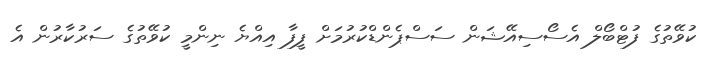
ކުވޭތުގެ ފުޓްބޯލް އެސޯސިއޭޝަން ސަސްޕެންޑްކުރުމަށް ފީފާ އިއްޔެ ނިންމީ ކުވޭތުގެ ސަރުކާރުން އެ